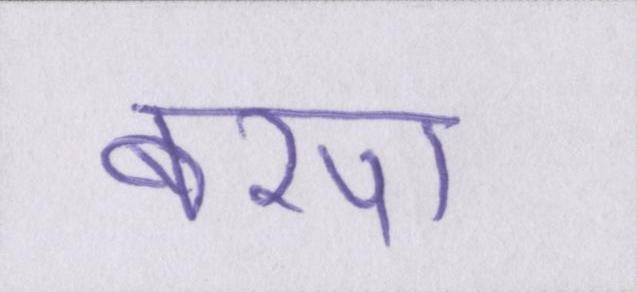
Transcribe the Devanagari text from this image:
बरपा